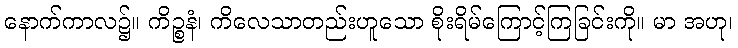
နောက်ကာလ၌။ ကိဉ္စနံ၊ ကိလေသာတည်းဟူသော စိုးရိမ်ကြောင့်ကြခြင်းကို။ မာ အဟု၊